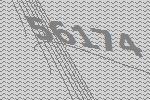
56174